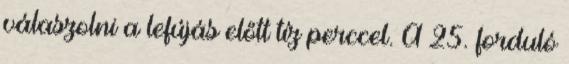
válaszolni a lefújás előtt tíz perccel. A 25. forduló